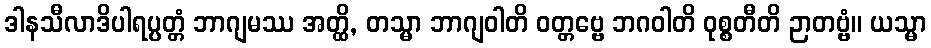
ဒါနသီလာဒိပါရပ္ပတ္တံ ဘာဂျမဿ အတ္ထိ, တသ္မာ ဘာဂျဝါတိ ဝတ္တဗ္ဗေ ဘဂဝါတိ ဝုစ္စတီတိ ဉာတဗ္ဗံ။ ယသ္မာ